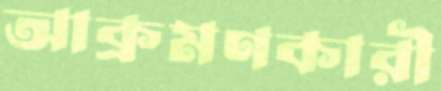
আক্রমণকারী